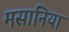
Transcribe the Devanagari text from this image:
मसानिया